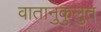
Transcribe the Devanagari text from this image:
वातानुकुलुत